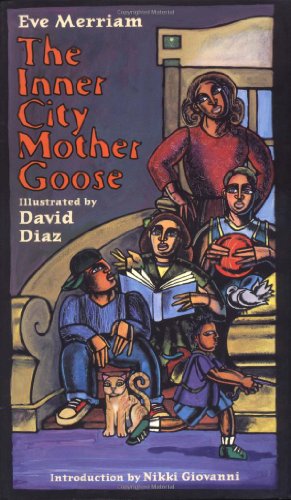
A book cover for The Inner City Mother Goose; Eve Merriam; Teen & Young Adult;